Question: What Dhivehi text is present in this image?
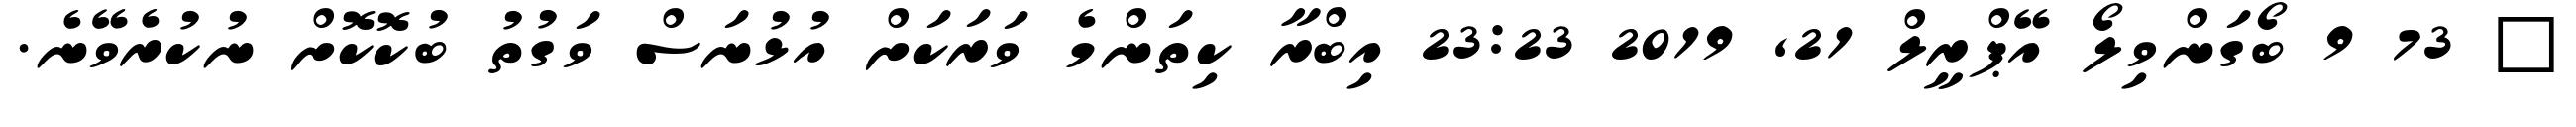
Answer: ? 73 9 ބޯގަންވިލޯ އޭޕްރީލް 21, 2019 23:23 އިބްރާ ކިތަންމެ ވަރަކަށް އުޅުނަސް ވަގުތު ބުކޮކޮށް ނުކުރެވޭނެ.